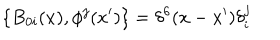
\{ B _ { 0 i } ( x ) , \phi ^ { j } ( x ^ { \prime } ) \} = \delta ^ { 6 } ( x - x ^ { \prime } ) \delta _ { i } ^ { j }